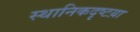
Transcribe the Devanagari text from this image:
स्थानिकदृष्टय़ा